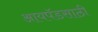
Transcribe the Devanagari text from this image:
आयपॅडसाठी